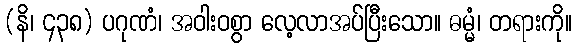
(နိ၊ ၄၃၈) ပဂုဏံ၊ အဝါးဝစွာ လေ့လာအပ်ပြီးသော။ ဓမ္မံ၊ တရားကို။